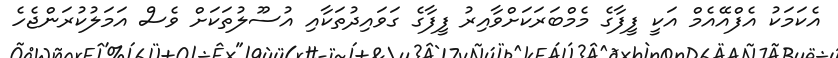
އެކަމަކު އެފްއޭއެމް އަކީ ފީފާގެ މެމްބަރަކަށްވާއިރު ފީފާގެ ގަވައިދުތަކާއި އުސޫލުތަކަށް ވެސް އަމަލުކުރަންޖެހެ